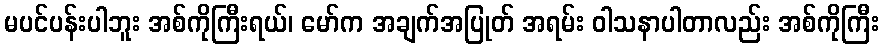
မပင်ပန်းပါဘူး အစ်ကိုကြီးရယ်၊ မော်က အချက်အပြုတ် အရမ်း ဝါသနာပါတာလည်း အစ်ကိုကြီး